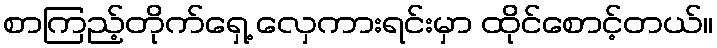
စာကြည့်တိုက်ရှေ့ လှေကားရင်းမှာ ထိုင်စောင့်တယ်။